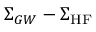
\Sigma _ { G W } - \Sigma _ { \mathrm { H F } }